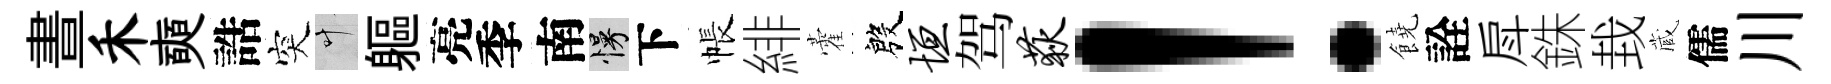
晝禾奭誥突叶軀亮季南慢下帳緋藿殷垣驾荻！饒詮戽銖㘽蔵儒川